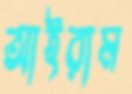
আইরাম